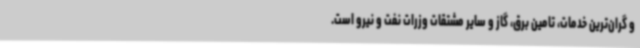
و گران‌ترین خدمات، تامین برق، گاز و سایر مشتقات وزرات نفت و نیرو است.